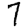
Digit: 7